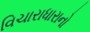
વિચારાધારાનો